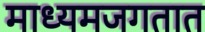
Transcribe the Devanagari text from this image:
माध्यमजगतात